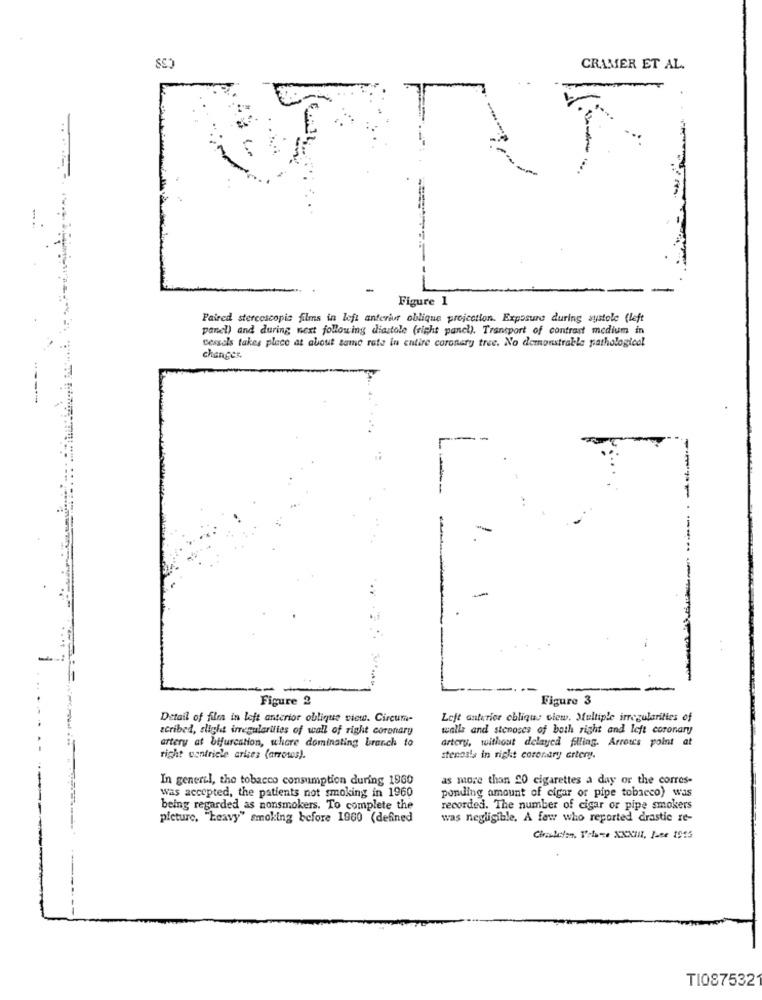
CRAMER ET AL.
-
-
Figure 1
Paired stercescopie films in left anterior oblique projection. Exposure during systole (left
panel) and during next following diastole (right panel). Transport of contrast medium in
vessels takes place at about same rate in entire coronary tree. No demonstrable pathological
changes.
----
Figure 2
Figure 3
Detail of film in left anterior oblique siete. Circum-
Lefe anterior oblique clew. Multiple irregularities of
scribed, slight irregularities of wall of right coronary
walls and stenoses of both right and left coronary
artery, without delayed filling. Arrows point at
artery at bifurcation, where dominating branch to
right ventricle arkies (arrowes).
stenosis in right coronary artery.
In generel, the tobacco consumption during 1960
as more than 20 cigarettes a day or the corres-
was accepted, the patients not smoking in 1960
ponding amount of cigar or pipe tobacco) was
being regarded as nonsmokers. To complete the
recorded. The number of cigar or pipe smokers
picture. "heavy" smoking before 1960 (defined
was negligible. A few who reported drastic re-
Chaletsn, Volume XXXIII, June 1915
--
TI087532